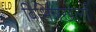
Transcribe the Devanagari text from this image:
विभिन्नखेलों